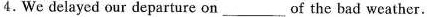
4. We delayed our departure on ___ of the bad weather.